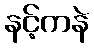
နင့်ကနဲ